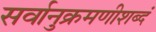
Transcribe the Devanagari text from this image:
सर्वानुक्रमणीशब्दं